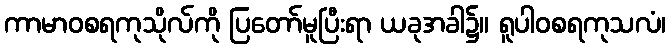
ကာမာဝစရကုသိုလ်ကို ပြတော်မူပြီးရာ ယခုအခါ၌။ ရူပါဝစရကုသလံ၊